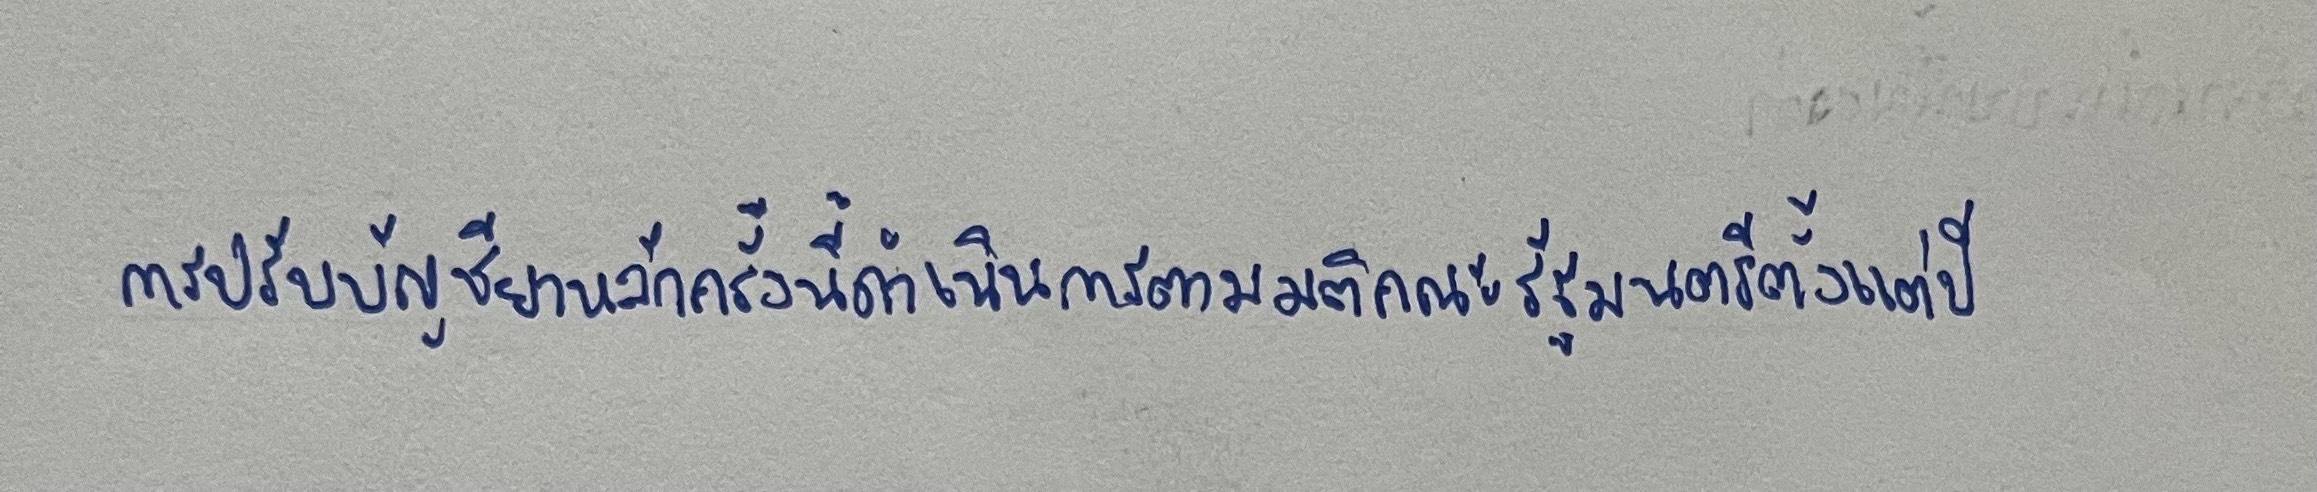
การปรับบัญชียาหลักครั้งนี้ดำเนินการตามมติคณะรัฐมนตรีตั้งแต่ปี